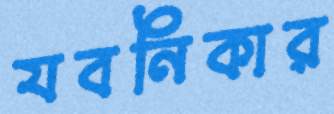
যবনিকার